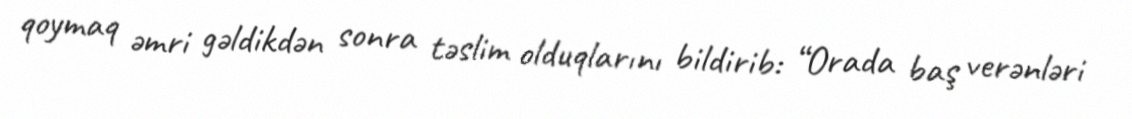
qoymaq əmri gəldikdən sonra təslim olduqlarını bildirib: “Orada baş verənləri